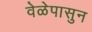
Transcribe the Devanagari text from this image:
वेळेपासुन